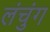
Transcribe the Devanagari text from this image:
लंचुंग